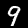
Label: 9